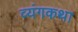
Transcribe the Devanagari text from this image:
व्यंगकथा